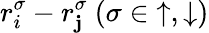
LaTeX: r_{i}^{\sigma}-r_{\mathbf{j}}^{\sigma}~(\sigma\in{\uparrow,\downarrow})